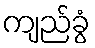
ကျည်ခွံ